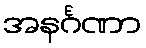
အနင်္ဂဏာ